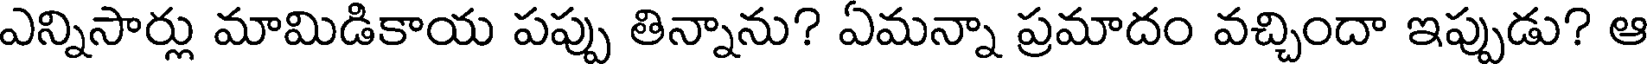
ఎన్నిసార్లు మామిడికాయ పప్పు తిన్నాను? ఏమన్నా ప్రమాదం వచ్చిందా ఇప్పుడు? ఆ